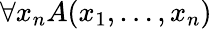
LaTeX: \forall x_{n}A(x_{1},\ldots,x_{n})